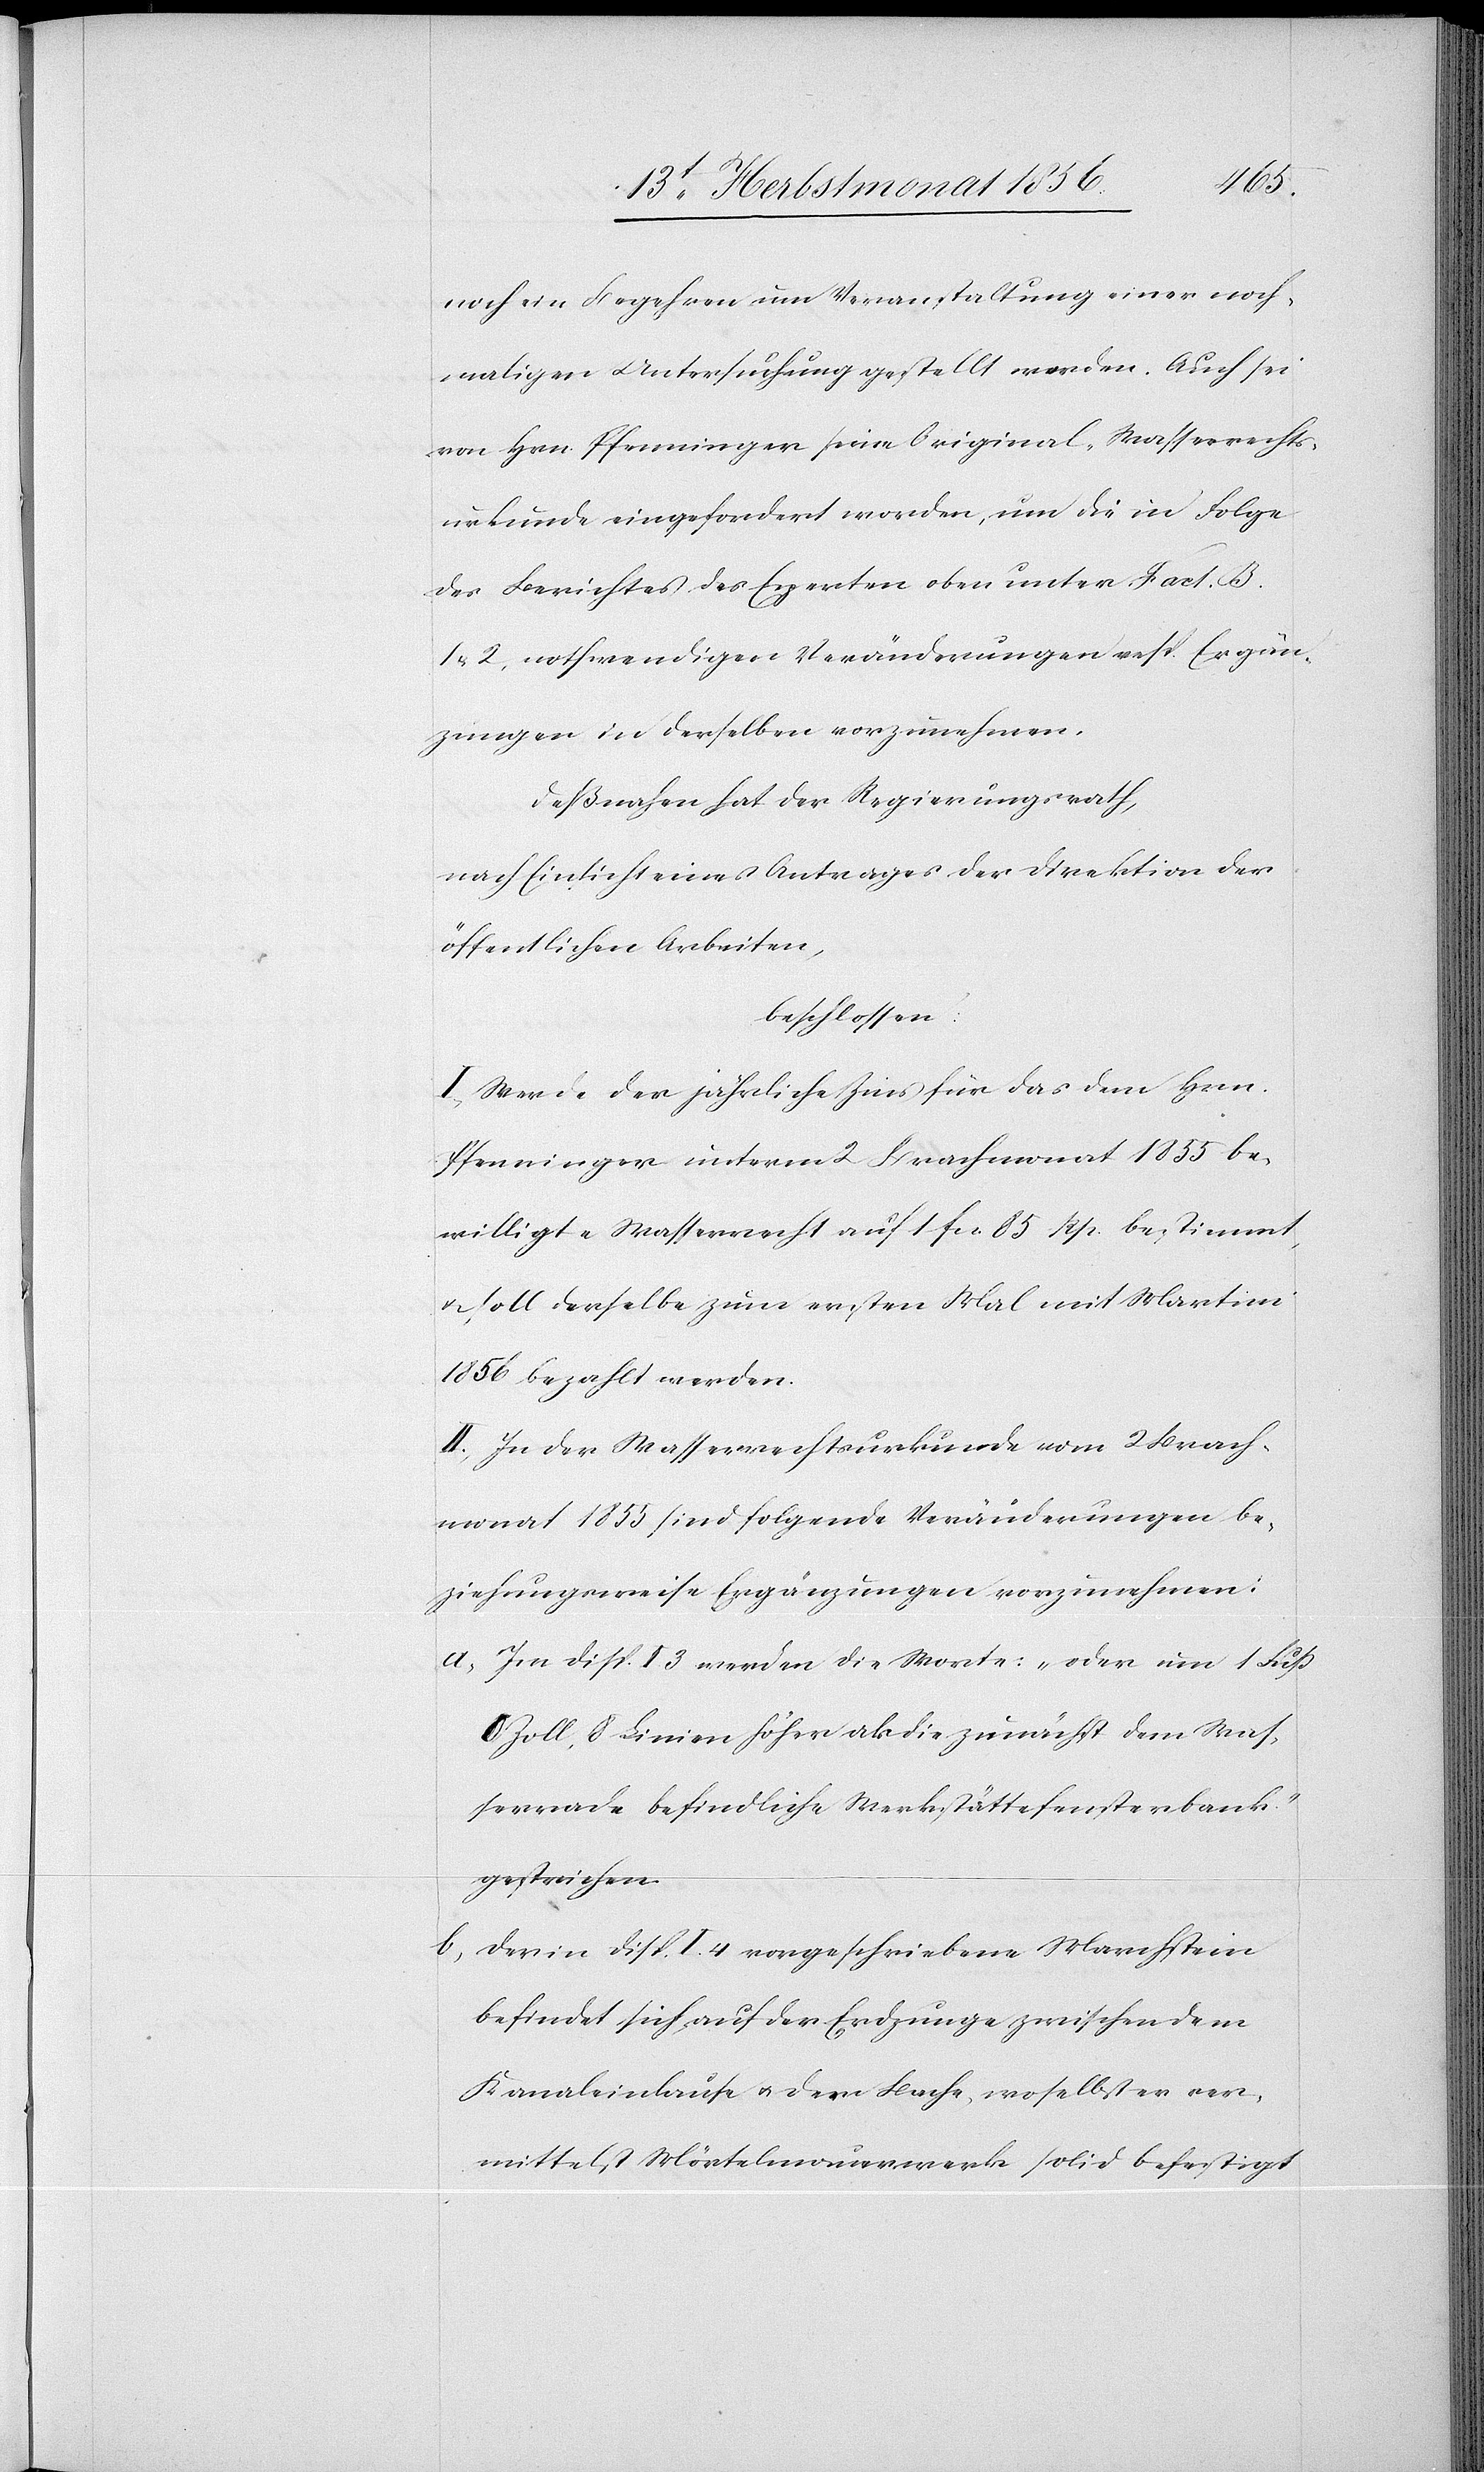
noch ein Begehren um Veranstaltung einer noch¬
maligen Untersuchung gestellt worden. Auch sei
von Hrn. Pfenninger seine Original-Wasserrechts¬
urkunde eingefordert worden, um die in Folge
des Berichtes des Experten oben unter Fact. B.
1 u. 2, nothwendigen Veränderungen resp. Ergän¬
zungen in derselben vorzunehmen.
Deßnahen hat der Regierungsrath,
nach Einsicht eines Antrages der Direktion der
öffentlichen Arbeiten,
beschlossen:
I.) Werde der jährliche Zins für das dem Hrn.
Pfenninger unterm 2 Brachmonat 1855 be¬
willigte Wasserrecht auf 1 fcs. 85 Rp. bestimmt,
u. soll derselbe zum ersten Mal mit Martini
1856 bezahlt werden.
II.) In der Wasserrechtsurkunde vom 2 Brach¬
monat 1855 sind folgende Veränderungen be¬
ziehungsweise Ergänzungen vorzunehmen:
a) Im Disp. I. 3 werden die Worte:„oder um 1 Fuß
0 Zoll, 8 Linien höher als die zunächst dem Was¬
serrade befindliche Werkstättefensterbank.”
gestrichen.
Der in Disp. I. 4 vorgeschriebene Marchstein
befindet sich auf der Erdzunge zwischen dem
Kanaleinlaufe u. dem Bache, woselbst er ver¬
mittelst Mörtelmauerwerk solid befestigt